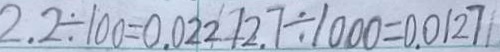
2 . 2 \div 1 0 0 = 0 . 0 2 2 7 2 . 7 \div 1 0 0 0 = 0 . 0 1 2 7